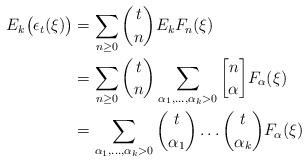
LaTeX: \begin{align*}E_k\big(\epsilon_t(\xi)\big)&=\sum_{n\geq0} \binom{t}{n}E_kF_n(\xi)\\&=\sum_{n\geq0}\binom{t}{n}\sum_{\alpha_1,\ldots,\alpha_k>0}{n\brack\alpha}F_\alpha(\xi)\\ &=\sum_{\alpha_1,\ldots,\alpha_k>0}\binom{t}{\alpha_1}\ldots\binom{t}{\alpha_k}F_\alpha(\xi) \end{align*}